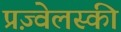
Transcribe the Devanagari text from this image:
प्रज़्वेलस्की